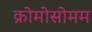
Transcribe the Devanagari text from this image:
क्रोमोसोमम